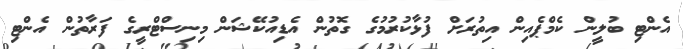
އެންޓި ބުލީން ކެމްޕެއިން އިތުރަށް ފުޅާކުރުމުގެ ގޮތުން އެޑިއުކޭޝަން މިނިސްޓްރީގެ ފަރާތުން އެންޓި